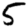
Digit: 5